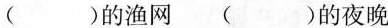
( )的渔网( )的夜晚